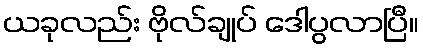
ယခုလည်း ဗိုလ်ချုပ် ဒေါပွလာပြီ။